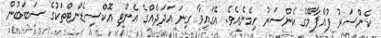
ކެންސަރު ފުއްޕާމޭގެ ކެންސަރު ހިމެނެއެވެ. އޭގައިވާ ގިނަ އަދަދެއްގެ އެންޓި އޮކްސިޑެންޓްތަކުގެ ސަބަބުން